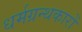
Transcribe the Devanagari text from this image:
धर्मग्रन्थकारों